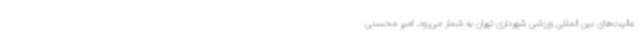
عالیت‌های بین المللی ورزشی شهرداری تهران به شمار می‌رود. امیر محسنی